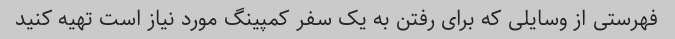
فهرستی از وسایلی که برای رفتن به یک سفر کمپینگ مورد نیاز است تهیه کنید